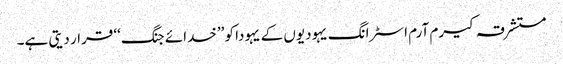
مستشرقہ کیرم آرم اسٹرانگ یہودیوں کے یہودا کو ’’خدائے جنگ‘‘ قرار دیتی ہے۔